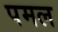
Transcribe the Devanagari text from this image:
पमल